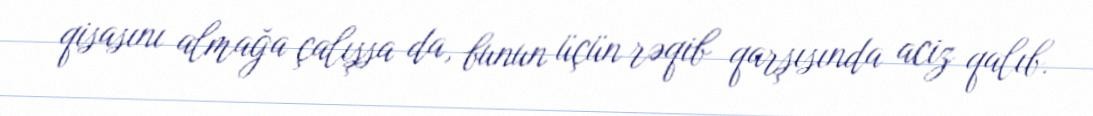
qisasını almağa çalışsa da, bunun üçün rəqib qarşısında aciz qalıb.